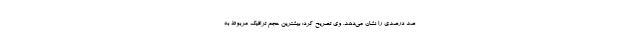
صد درصدی را نشان می‌دهد. وی تصریح کرد: بیشترین حجم ترافیک مربوط به